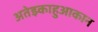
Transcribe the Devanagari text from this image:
अतेझ्काहुआकान